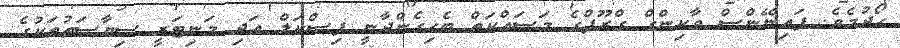
ހޯދުމެވެ. ފައިނޭންސް ވާކިންގް ގްރޫޕްގެ މަސައްކަތް ބެހިގެންދާނީ ފިސްކަލް އަދި މަނިޓަރީ ސިޔާސަތުތަކުގެ